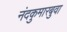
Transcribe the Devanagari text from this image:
नंदकुमारबुवा